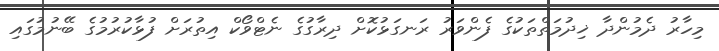
މިހާރު ދެމުންދާ ޚިދުމަތްތަކުގެ ފެންވަރު ރަނގަޅުކޮށް ދިރާގުގެ ނެޓްވޯކް އިތުރަށް ފުޅާކުރުމުގެ ބޭނުމުގައި